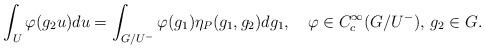
LaTeX: \begin{align*} \int_U \varphi(g_2 u)du = \int_{G/U^-} \varphi(g_1) \eta_P(g_1,g_2) dg_1, \quad\varphi \in C^\infty_c(G/U^-),\, g_2\in G.\end{align*}